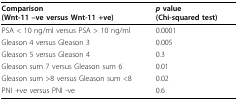
<table><thead><tr><td><b>Comparison (Wnt-11 --ve versus Wnt-11 +ve)</b></td><td><b><i>p </i>value (Chi-squared test)</b></td></tr></thead><tbody><tr><td>PSA &lt; 10 ng/ml versus PSA &gt; 10 ng/ml</td><td>0.0001</td></tr><tr><td>Gleason 4 versus Gleason 3</td><td>0.005</td></tr><tr><td>Gleason 5 versus Gleason 4</td><td>0.3</td></tr><tr><td>Gleason sum 7 versus Gleason sum 6</td><td>0.01</td></tr><tr><td>Gleason sum &gt;8 versus Gleason sum &lt;8</td><td>0.02</td></tr><tr><td>PNI +ve versus PNI -ve</td><td>0.6</td></tr></tbody></table>